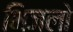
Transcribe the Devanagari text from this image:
भिजलो